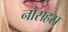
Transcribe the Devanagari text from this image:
नौसहस्र